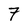
Character: 7